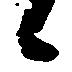
候